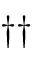
\dagger \dagger